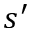
s ^ { \prime }